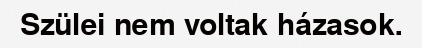
Szülei nem voltak házasok.